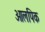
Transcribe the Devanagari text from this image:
ओलपिक